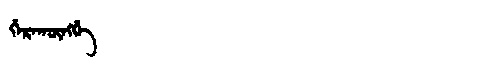
Manchu: ᡤᡝᡵᠠᡴᡡᠩᡤᡝ
Romanization: GERAKŪNGGE